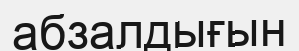
абзалдығын